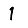
Digit: 1